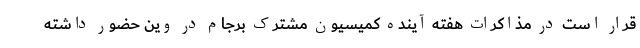
قرار است در مذاکرات هفته آینده کمیسیون مشترک برجام در وین حضور داشته